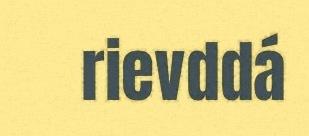
rievddá